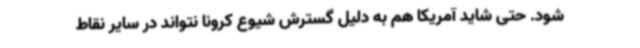
شود. حتی شاید آمریکا هم به دلیل گسترش شیوع کرونا نتواند در سایر نقاط